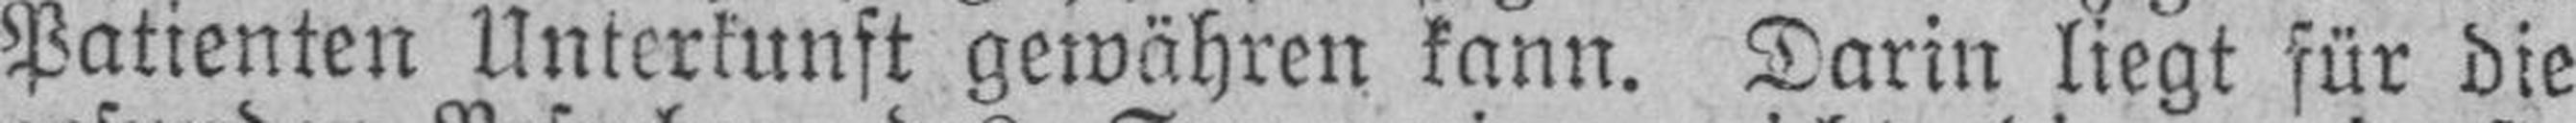
Patienten Unterkunft gewähren kann. Darin liegt für die